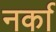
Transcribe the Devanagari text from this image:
नर्का